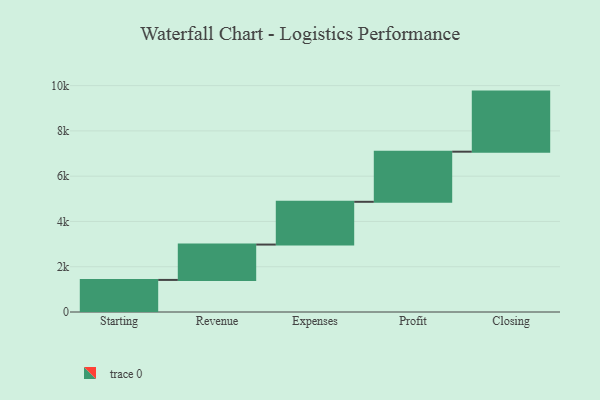
{"axis": {"x": "Step", "y": "Value"}, "legend": [""], "data": [{"x": "Starting", "y": 1417.0, "type": ""}, {"x": "Revenue", "y": 1562.0, "type": ""}, {"x": "Expenses", "y": 1889.0, "type": ""}, {"x": "Profit", "y": 2214.0, "type": ""}, {"x": "Closing", "y": 2654.0, "type": ""}]}